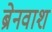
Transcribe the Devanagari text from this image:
ब्रेनवाश